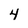
Character: 4